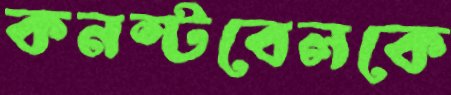
কনস্টবেলকে